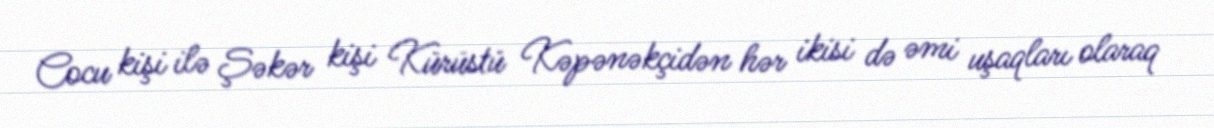
Cocu kişi ilə Şəkər kişi Kürüstü Kəpənəkçidən hər ikisi də əmi uşaqları olaraq